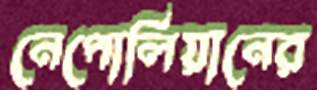
নেপোলিয়ানের